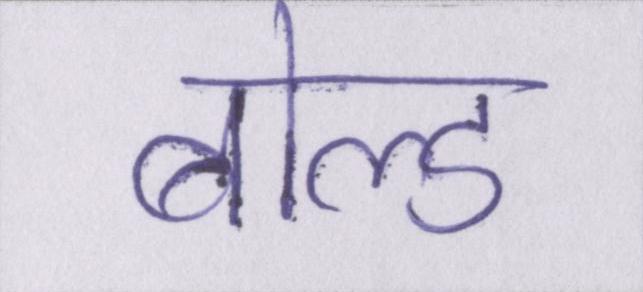
बोल्ड